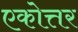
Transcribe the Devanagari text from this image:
एकोत्तर